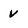
Character: v